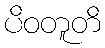
ပိဝတူတိ